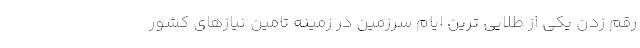
رقم زدن یکی از طلایی ترین ایام سرزمین در زمینه تامین نیازهای کشور